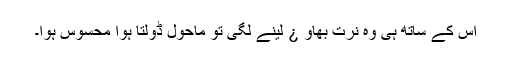
اس کے ساتھ ہی وہ نرت بھاو ¿ لینے لگی تو ماحول ڈولتا ہوا محسوس ہوا۔